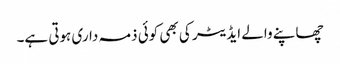
چھاپنے والے ایڈیٹر کی بھی کوئی ذمہ داری ہوتی ہے۔